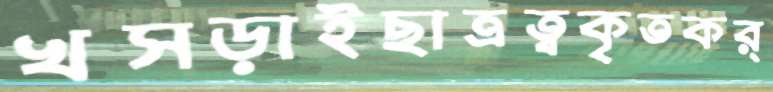
খসড়াইছাত্রত্বকৃতকর্